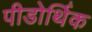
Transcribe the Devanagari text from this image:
पीडोर्थिक